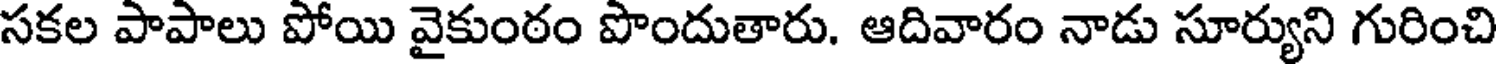
సకల పాపాలు పోయి వైకుంఠం పొందుతారు. ఆదివారం నాడు సూర్యుని గురించి